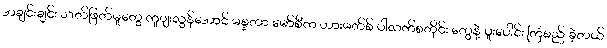
အချင်းချင်း သတ်ဖြတ်မှုတွေ ကူျးလွန်အောင် မစ္စတာ မော်စီက ဟားမတ်စ် ပါလက်စတိုင်း တွေနဲ့ ပူးပေါင်း ကြံစည် ခဲ့တယ်